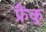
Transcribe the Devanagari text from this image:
फ्रैंक्